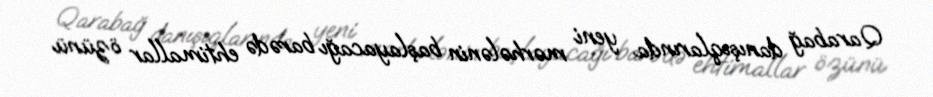
Qarabağ danışıqlarında yeni mərhələnin başlayacağı barədə ehtimallar özünü